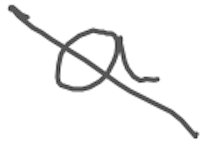
Text: a
Cross-out: diagonal
Writing tool: digital_gray